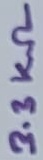
Text: 3.3KΩ